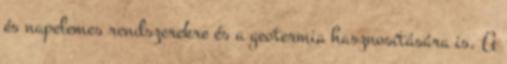
és napelemes rendszerekre és a geotermia hasznosítására is. A